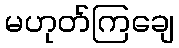
မဟုတ်ကြချေ